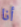
أنا